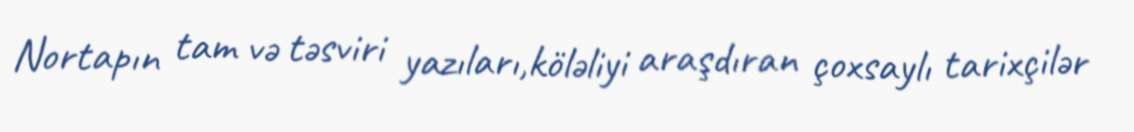
Nortapın tam və təsviri yazıları,köləliyi araşdıran çoxsaylı tarixçilər